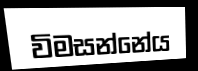
විමසන්නේය